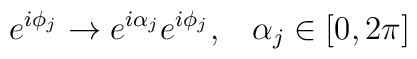
e^{i\phi_j}\to e^{i\alpha_j}e^{i\phi_j},\;\;\; \alpha_j\in[0,2\pi]